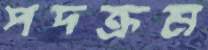
পদক্রম